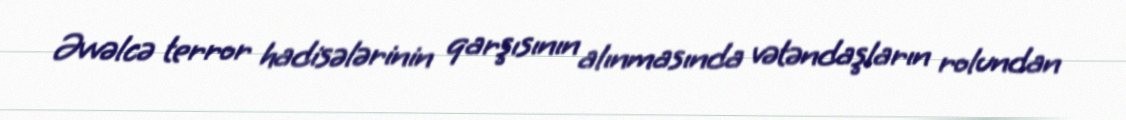
Əvvəlcə terror hadisələrinin qarşısının alınmasında vətəndaşların rolundan